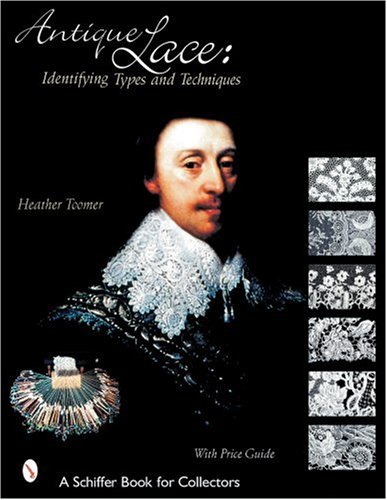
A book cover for Antique Lace: Identifying Types and Techniques (Schiffer Book for Collectors); Heather Toomer; Crafts, Hobbies & Home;